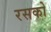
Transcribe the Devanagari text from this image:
रसको